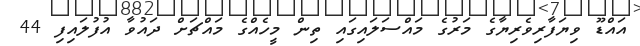
އައްޑޫ ވިޔަފާރިވެރިޔާގެ މަރުގެ މައްސަލައިގައި ތިން މީހެއްގެ މައްޗަށް ދައުވާ އުފުލައިފި 44